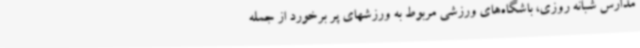
مدارس شبانه روزی، باشگاه‌های ورزشی مربوط به ورزشهای پر برخورد از جمله